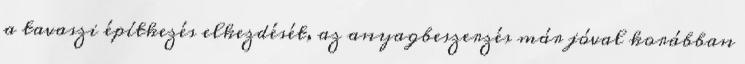
a tavaszi építkezés elkezdését, az anyagbeszerzés már jóval korábban